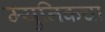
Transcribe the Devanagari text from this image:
म्युनिकचा